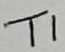
Text: T1